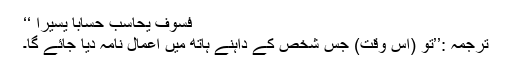
فَسَوْفَ يُحَاسَبُ حِسَابًا يَسِيرً‌ا ‘‘
ترجمہ :’’تو (اس وقت) جس شخص کے داہنے ہاتھ میں اعمال نامہ دیا جائے گا۔